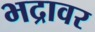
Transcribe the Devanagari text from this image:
भद्रावर